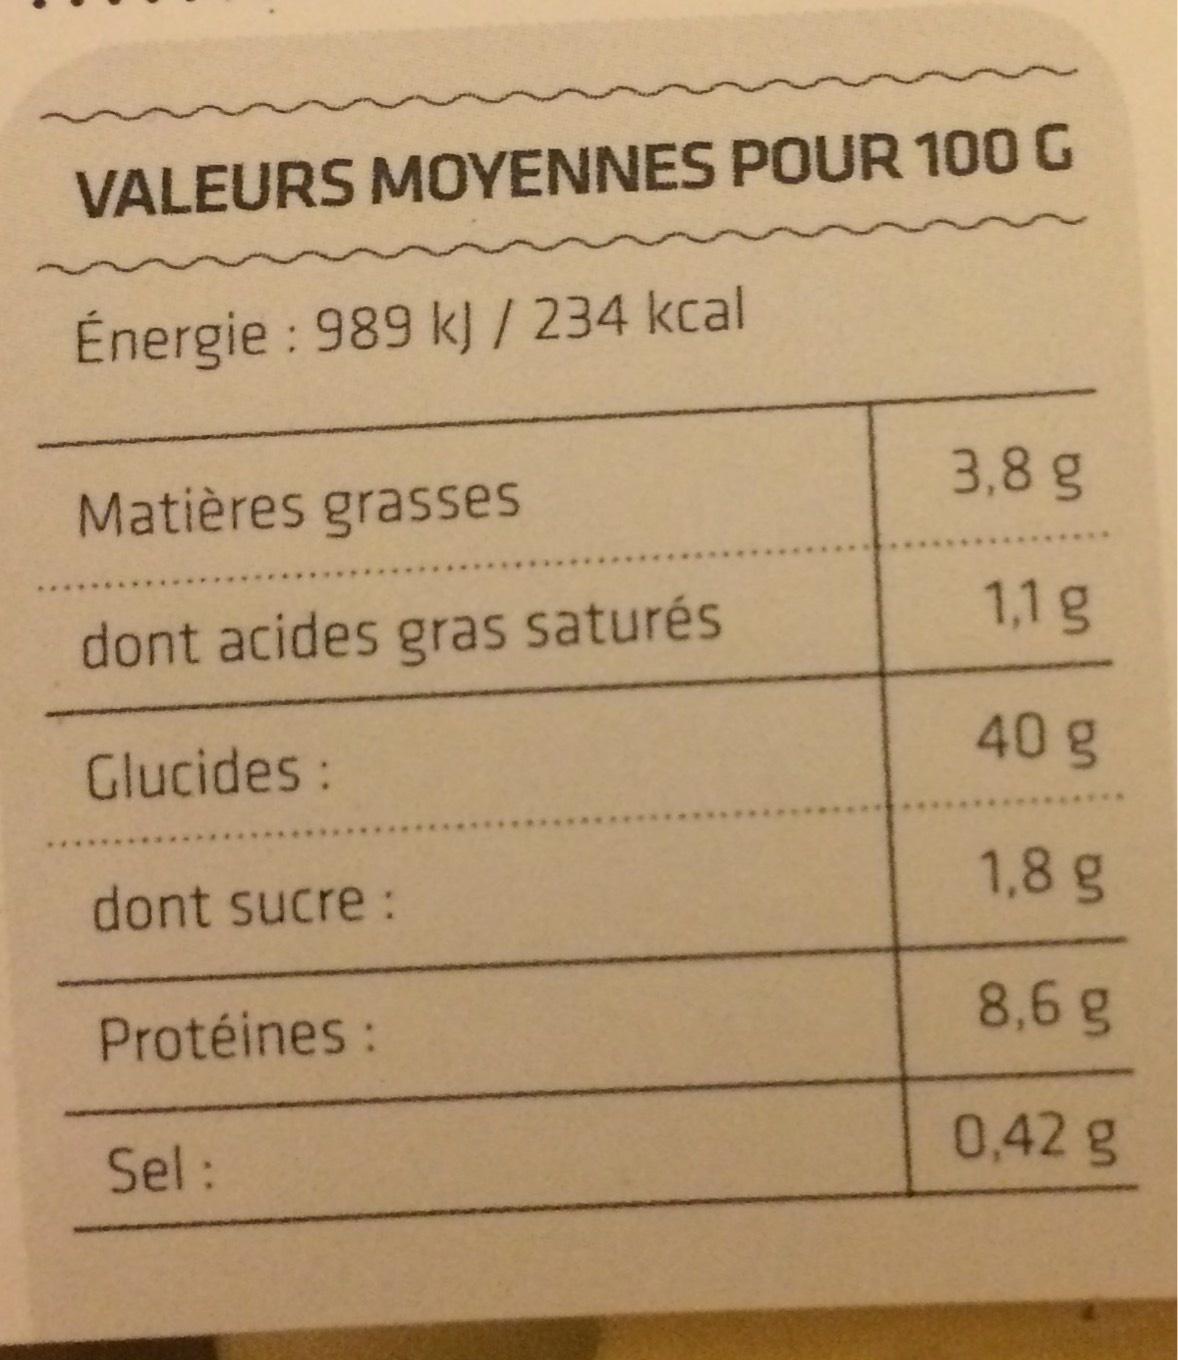
VALEURS MOYENNES POUR 100 G
Énergie: 989 kJ / 234 kcal
Matières grasses
dont acides gras saturés
Glucides :
dont sucre :
Protéines :
Sel:
3,8 g
1,1 g
40 g
1,8 g
8,6 g
0,42 g